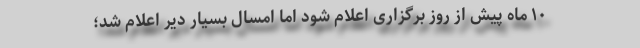
۱۰ ماه پیش از روز برگزاری اعلام شود اما امسال بسیار دیر اعلام شد؛